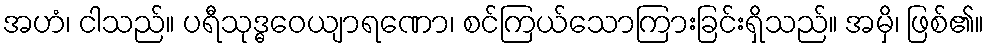
အဟံ၊ ငါသည်။ ပရီသုဒ္ဓဝေယျာရဏော၊ စင်ကြယ်သောကြားခြင်းရှိသည်။ အမှိ၊ ဖြစ်၏။